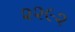
૨૨૯૨